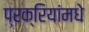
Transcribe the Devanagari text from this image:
प्रक्रियांमधे